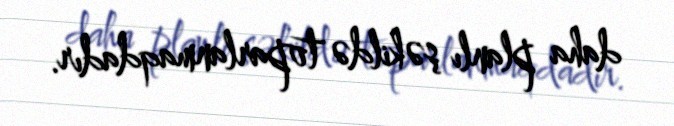
daha planlı şəkildə toparlanmaqdadır.